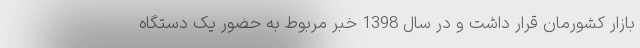
بازار کشورمان قرار داشت و در سال 1398 خبر مربوط به حضور یک دستگاه